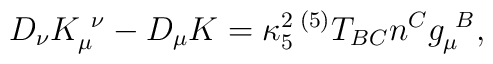
D_\nu K^{~\nu}_\mu - D_\mu K = \kappa_5^2\, {}^{(5)}T_{B C}n^C g_\mu^{~B} ,